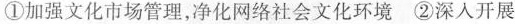
①加强文化市场管理，净化网络社会文化环境②深入开展